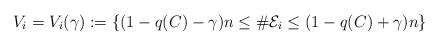
LaTeX: \begin{align*}V_i = V_i(\gamma) := \{(1-q(C)-\gamma)n \leq \#{\cal E}_i \leq (1-q(C)+\gamma)n\}\end{align*}